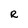
Character: R